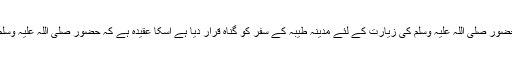
یہاں تک کہ اس نے حضور صلی اللہ علیہ وسلم کی زیارت کے لئے مدینہ طیبہ کے سفر کو گناہ قرار دیا ہے اسکا عقیدہ ہے کہ حضور صلی اللہ علیہ وسلم کا کوئی مرتبہ نہیں ۔